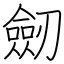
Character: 劒